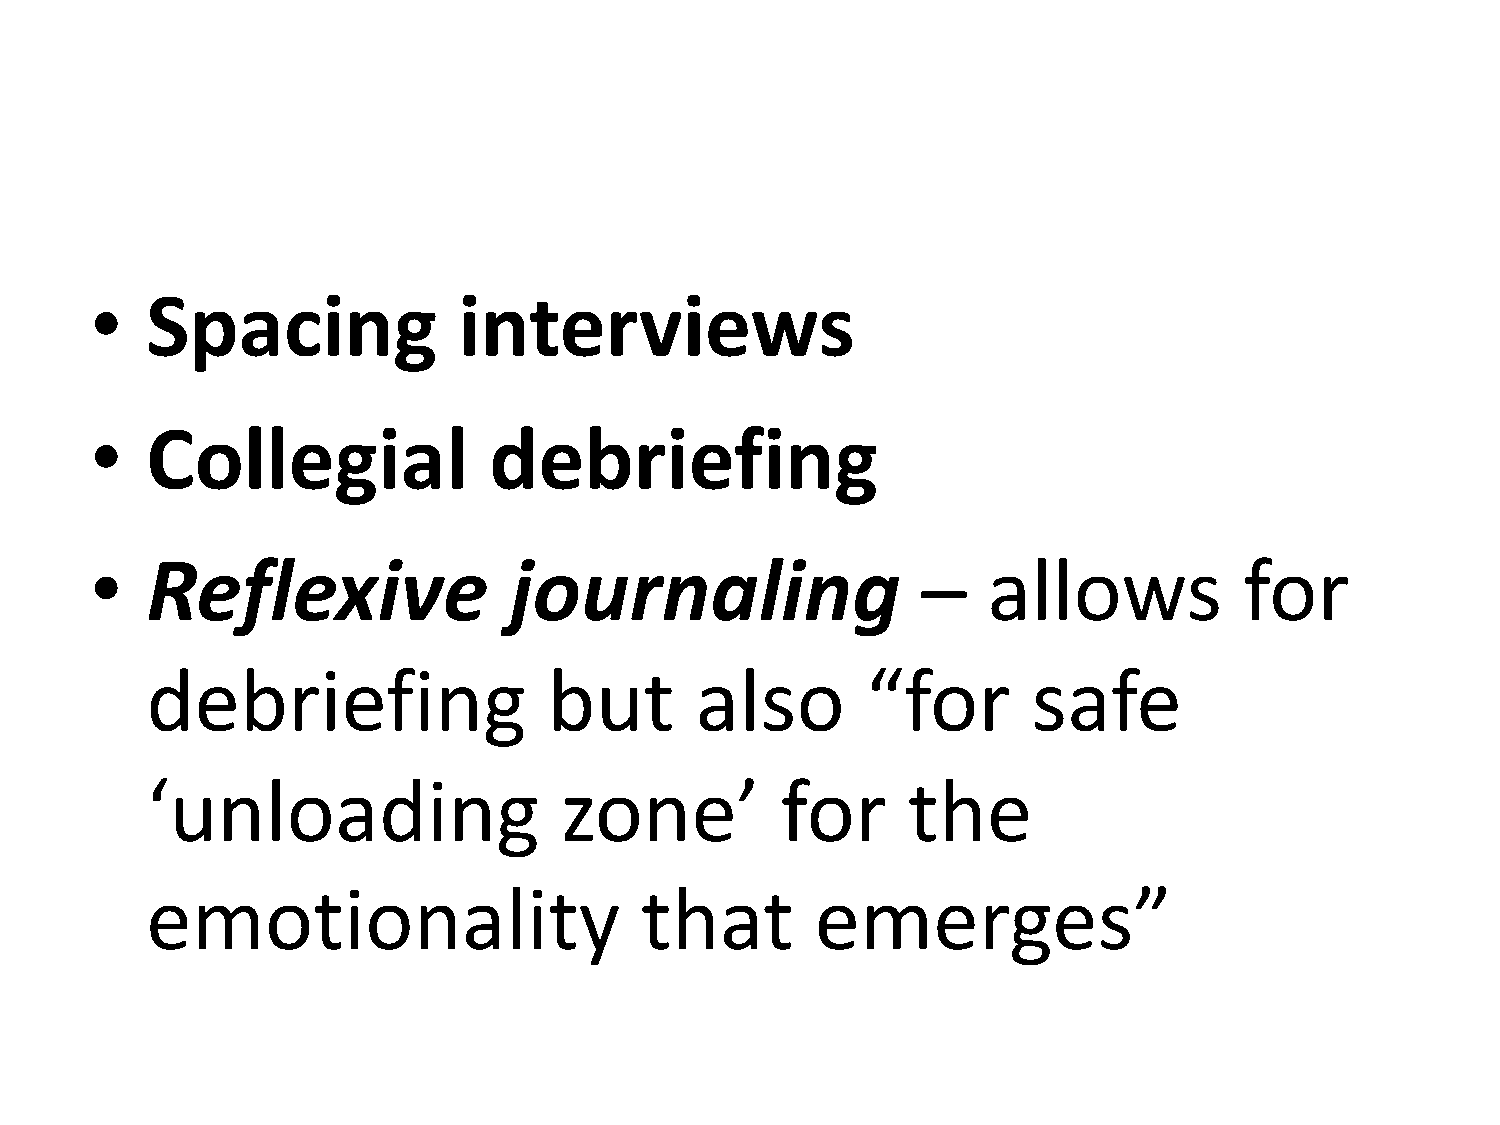
•   Spacing             interviews
 •   Collegial             debriefing
 •   Reflexive               journaling                 –   allows           for
 debriefing                but       also       “for       safe
 ‘unloading                 zone’          for     the
 emotionality                    that        emerges”